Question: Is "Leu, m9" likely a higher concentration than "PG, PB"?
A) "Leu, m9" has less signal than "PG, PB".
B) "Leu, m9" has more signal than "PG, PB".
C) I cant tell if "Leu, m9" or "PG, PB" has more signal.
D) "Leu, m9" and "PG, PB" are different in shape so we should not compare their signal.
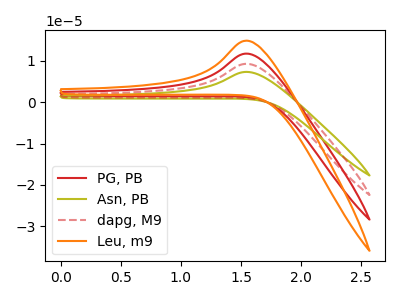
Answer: <think>The red curve "PG, PB" has an anodic peak at: (1.55V, 11.75uA). The olive curve "Asn, PB" has an anodic peak at: (1.55V, 35.30uA). The red dashed curve "dapg, M9" has an anodic peak at: (1.55V, 23.55uA). The orange curve "Leu, m9" has an anodic peak at: (1.55V, 14.90uA).
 All the peaks in "Leu, m9" have a peak in "PG, PB" at the same potential. Every peak in "Leu, m9" is higher than every peak in "PG, PB".</think>
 <answer>B) "Leu, m9" has more signal than "PG, PB".</answer>
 <eval>B</eval>